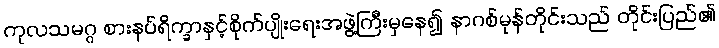
ကုလသမဂ္ဂ စားနပ်ရိက္ခာနှင့်စိုက်ပျိုးရေးအဖွဲ့ကြီးမှနေ၍ နာဂစ်မုန်တိုင်းသည် တိုင်းပြည်၏